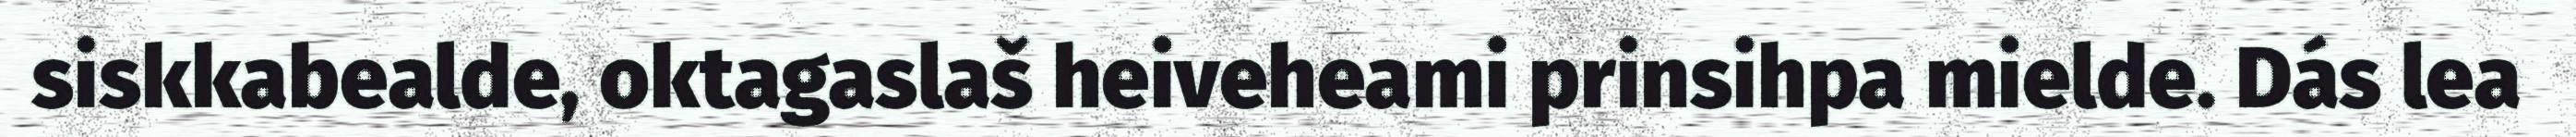
siskkabealde, oktagaslaš heiveheami prinsihpa mielde. Dás lea